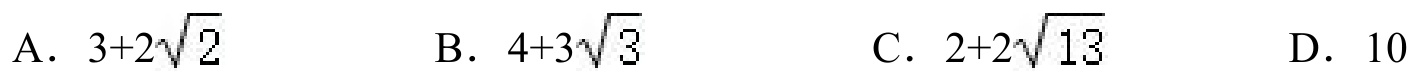
A．\(3 + 2\sqrt{2}\)  B．\(4+3\sqrt{3}\)  C．\(2 + 2\sqrt{13}\)  D．\(10\)